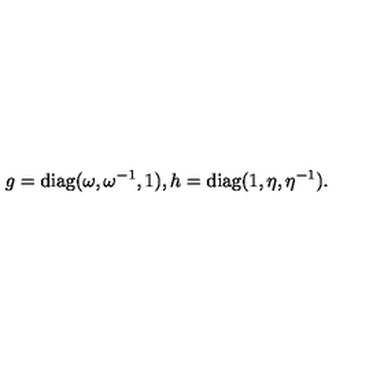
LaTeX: g = { \mathrm { d i a g } } ( \omega , \omega ^ { - 1 } , 1 ) , h = { \mathrm { d i a g } } ( 1 , \eta , \eta ^ { - 1 } ) .